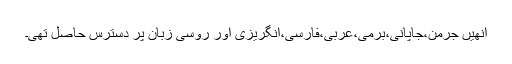
انھیں جرمن،جاپانی،برمی،عربی،فارسی،انگریزی اور روسی زبان پر دسترس حاصل تھی۔